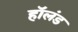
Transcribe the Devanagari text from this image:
हाॅलंड